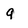
Character: 9